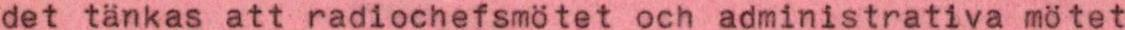
det tänkas att radiochefsmötet och administrativa mötet